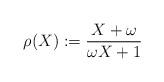
LaTeX: \begin{align*}\rho(X):=\frac{X+\omega}{\omega X+1}\end{align*}